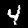
Digit: 4